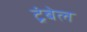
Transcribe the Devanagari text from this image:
ट्रंबेल